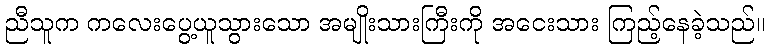
ညီသူက ကလေးပွေ့ယူသွားသော အမျိုးသားကြီးကို အငေးသား ကြည့်နေခဲ့သည်။